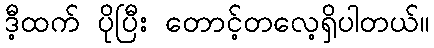
ဒီ့ထက် ပိုပြီး တောင့်တလေ့ရှိပါတယ်။